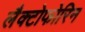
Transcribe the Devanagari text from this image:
लैक्टोफोरिन